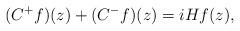
LaTeX: \begin{gather*}(C^+f)(z) + (C^-f)(z) = iHf(z),\end{gather*}